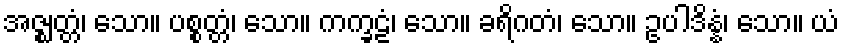
အဇ္ဈတ္တံ၊ သော။ ပစ္စတ္တံ၊ သော။ ကက္ခဠံ၊ သော။ ခရိဂတံ၊ သော။ ဥပါဒိန္နံ၊ သော။ ယံ